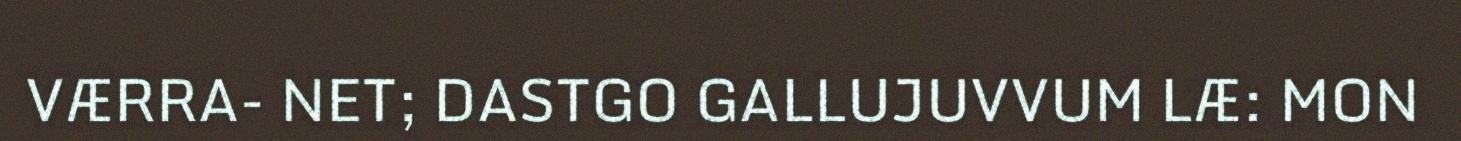
VÆRRA- NET; DASTGO GALLUJUVVUM LÆ: MON